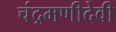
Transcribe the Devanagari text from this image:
चंद्रमणीदेवी